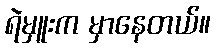
ရဲမှူးက မှာနေတယ်။